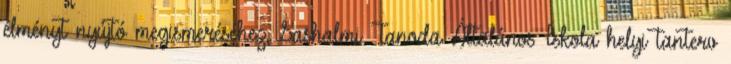
élményt nyújtó megismeréséhez, Sashalmi Tanoda Általános Iskola helyi tanterv